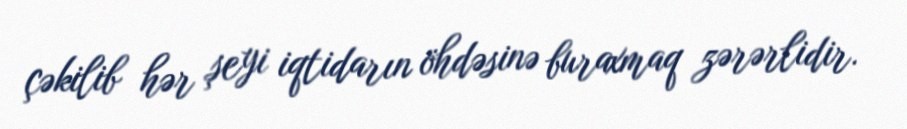
çəkilib hər şeyi iqtidarın öhdəsinə buraxmaq zərərlidir.